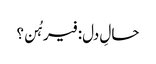
حالِ دل: فیرہُن؟